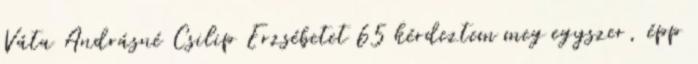
Váta Andrásné Csilip Erzsébetet 65 kérdeztem meg egyszer, épp